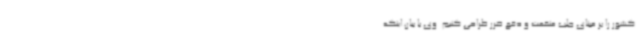
کشور را بر مبنای جلب منفعت و دفع ضرر طراحی کنیم. وی با بیان اینکه